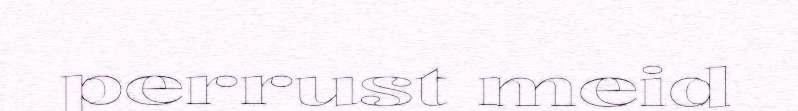
perrust meid